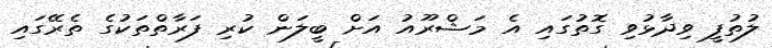
ލުތުފީ ވިދާޅުވި ގޮތުގައި އެ މަޝްރޫއު އަށް ބީލަން ކުރި ފަރާތްތަކުގެ ތެރޭގައި